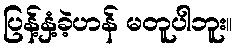
ပြန့်နှံ့ခဲ့ဟန် မတူပါဘူး။